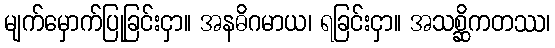
မျက်မှောက်ပြုခြင်းငှာ။ အနဓိဂမာယ၊ ရခြင်းငှာ။ အသစ္ဆိကတဿ၊